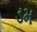
ડમ